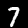
Digit: 7